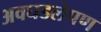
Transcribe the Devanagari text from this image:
अवघडलेपण